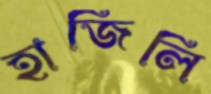
হাজিলি